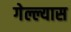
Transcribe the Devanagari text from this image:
गेल्ल्यास